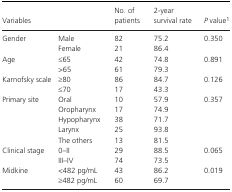
<table><thead><tr><td colspan="2"><b>Variables</b></td><td><b>No. of patients</b></td><td><b>2‐year survival rate</b></td><td><b><i>P</i> valuea</b></td></tr></thead><tbody><tr><td rowspan="2">Gender</td><td>Male</td><td>82</td><td>75.2</td><td rowspan="2">0.350</td></tr><tr><td>Female</td><td>21</td><td>86.4</td></tr><tr><td rowspan="2">Age</td><td>≤65</td><td>42</td><td>74.8</td><td rowspan="2">0.891</td></tr><tr><td>&gt;65</td><td>61</td><td>79.3</td></tr><tr><td rowspan="2">Karnofsky scale</td><td>≥80</td><td>86</td><td>84.7</td><td rowspan="2">0.126</td></tr><tr><td>≤70</td><td>17</td><td>43.3</td></tr><tr><td rowspan="5">Primary site</td><td>Oral</td><td>10</td><td>57.9</td><td rowspan="5">0.357</td></tr><tr><td>Oropharynx</td><td>17</td><td>74.9</td></tr><tr><td>Hypopharynx</td><td>38</td><td>71.7</td></tr><tr><td>Larynx</td><td>25</td><td>93.8</td></tr><tr><td>The others</td><td>13</td><td>81.5</td></tr><tr><td rowspan="2">Clinical stage</td><td>0–II</td><td>29</td><td>88.5</td><td rowspan="2">0.065</td></tr><tr><td>III–IV</td><td>74</td><td>73.5</td></tr><tr><td rowspan="2">Midkine</td><td>&lt;482 pg/mL</td><td>43</td><td>86.2</td><td rowspan="2">0.019</td></tr><tr><td>≥482 pg/mL</td><td>60</td><td>69.7</td></tr></tbody></table>